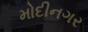
મોદીનગર